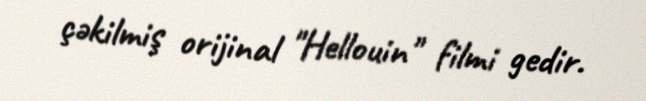
çəkilmiş orijinal "Hellouin" filmi gedir.